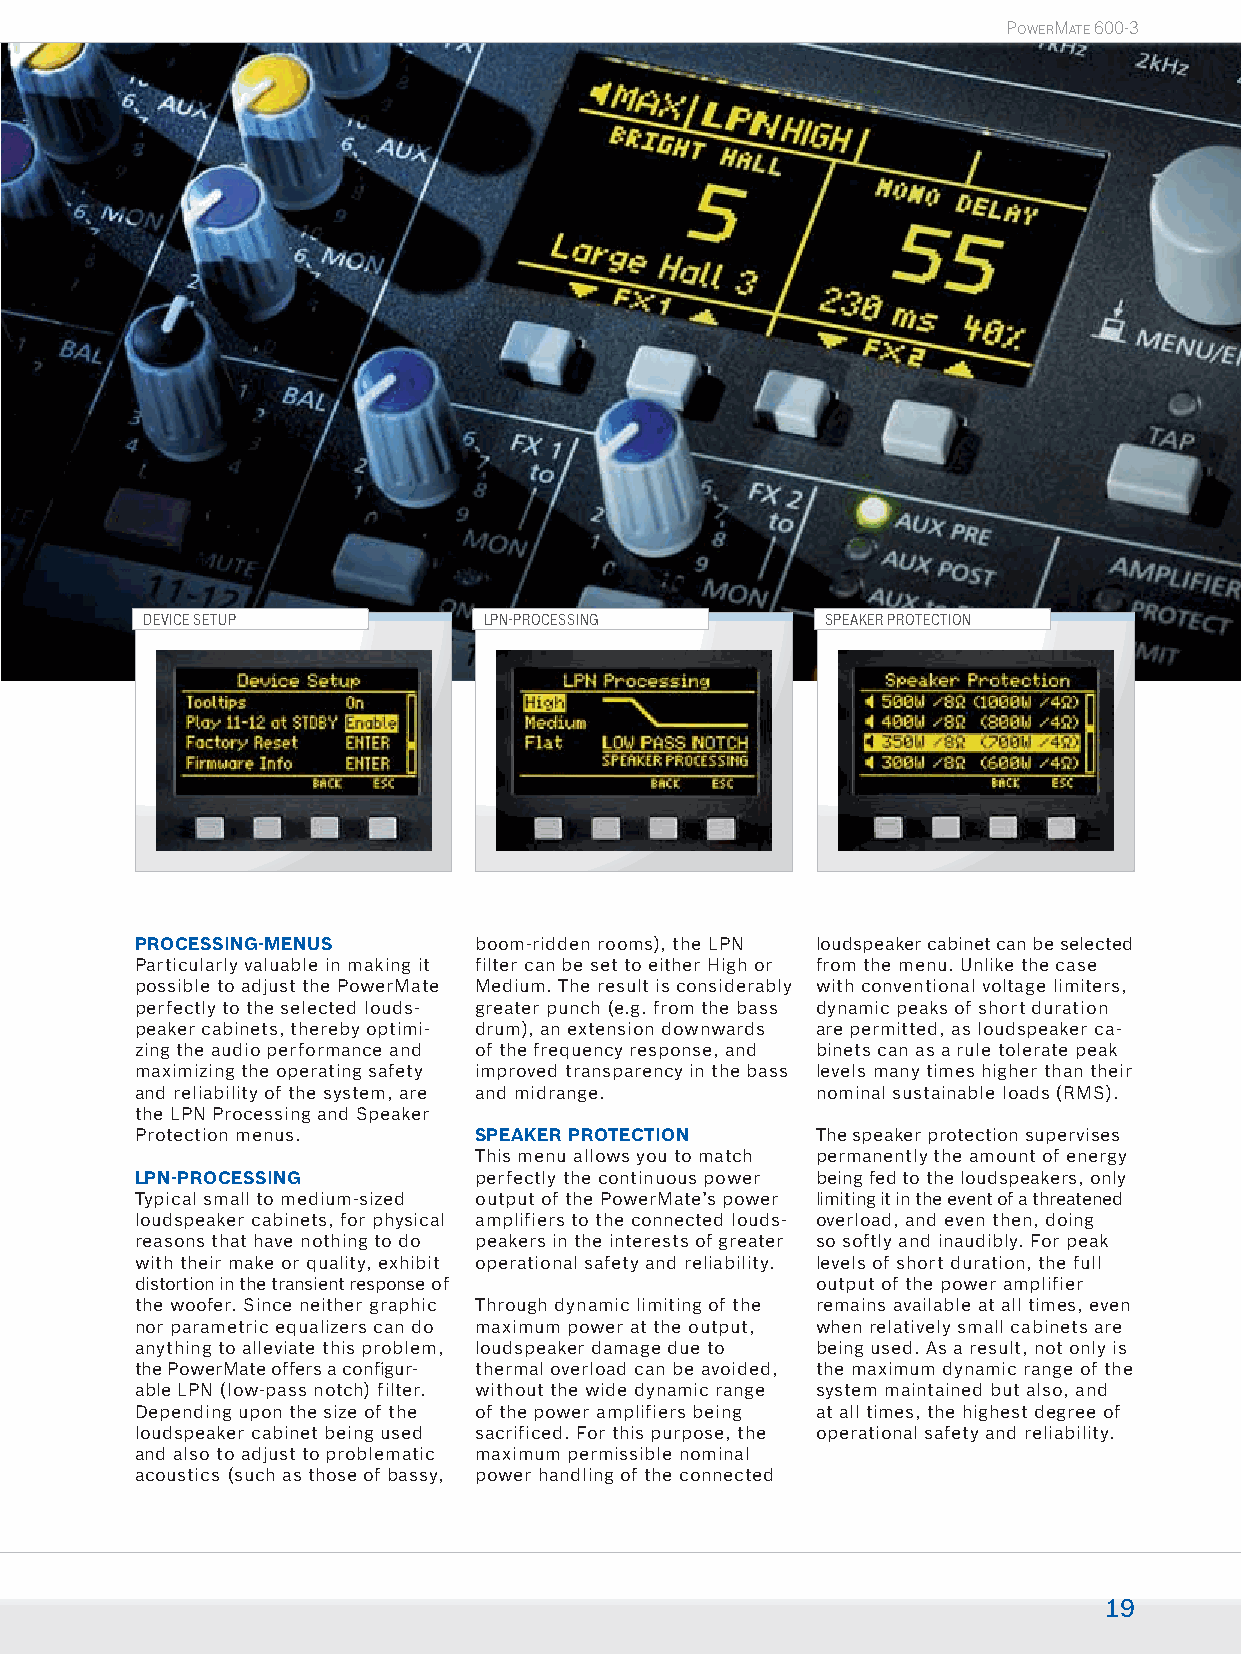
POWERMATE 600-3
 DEVICE SETUP           LPN-PROCESSING        SPEAKER PROTECTION
 PROCESSING-MENUS      boom-ridden rooms), the LPN loudspeaker cabinet can be selected
 Particularly valuable in making it filter can be set to either High or from the menu. Unlike the case
 possible to adjust the PowerMate Medium. The result is considerably with conventional voltage limiters,
 perfectly to the selected louds- greater punch (e.g. from the bass dynamic peaks of short duration
 peaker cabinets, thereby optimi- drum), an extension downwards are permitted, as loudspeaker ca-
 zing the audio performance and of the frequency response, and binets can as a rule tolerate peak
 maximizing the operating safety improved transparency in the bass levels many times higher than their
 and reliability of the system, are and midrange. nominal sustainable loads (RMS).
 the LPN Processing and Speaker
 Protection menus.     SPEAKER PROTECTION     The speaker protection supervises
 This menu allows you to match permanently the amount of energy
 LPN-PROCESSING        perfectly the continuous power being fed to the loudspeakers, only
 Typical small to medium-sized output of the PowerMate’s power limiting it in the event of a threatened
 loudspeaker cabinets, for physical amplifiers to the connected louds- overload, and even then, doing
 reasons that have nothing to do peakers in the interests of greater so softly and inaudibly. For peak
 with their make or quality, exhibit operational safety and reliability. levels of short duration, the full
 distortion in the transient response of      output of the power amplifier
 the woofer. Since neither graphic Through dynamic limiting of the remains available at all times, even
 nor parametric equalizers can do maximum power at the output, when relatively small cabinets are
 anything to alleviate this problem, loudspeaker damage due to being used. As a result, not only is
 the PowerMate offers a confi gur- thermal overload can be avoided, the maximum dynamic range of the
 able LPN (low-pass notch) filter. without the wide dynamic range system maintained but also, and
 Depending upon the size of the of the power amplifiers being at all times, the highest degree of
 loudspeaker cabinet being used sacrificed. For this purpose, the operational safety and reliability.
 and also to adjust to problematic maximum permissible nominal
 acoustics (such as those of bassy, power handling of the connected
 19